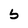
Character: b